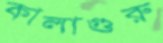
কালাগুরু